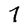
Character: 7